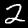
Label: 2